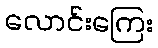
လောင်းကြေး